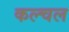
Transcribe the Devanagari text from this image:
कल्चल